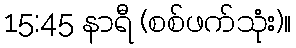
15:45 နာရီ (စစ်ဖက်သုံး)။